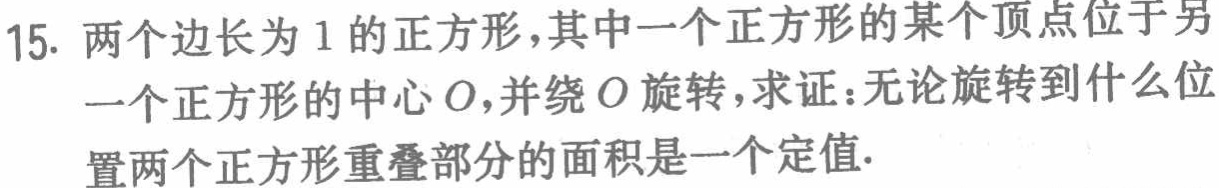
15. 两个边长为1的正方形，其中一个正方形的某个顶点位于另一个正方形的中心\(O\)，并绕\(O\)旋转，求证：无论旋转到什么位置两个正方形重叠部分的面积是一个定值.